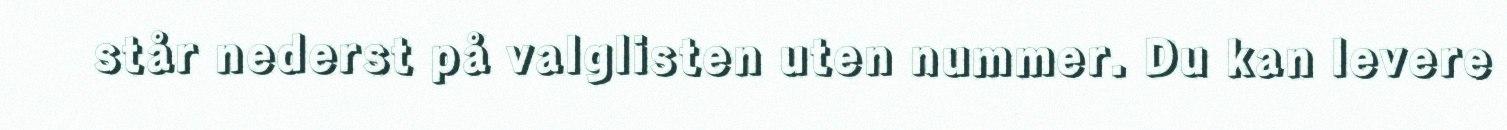
står nederst på valglisten uten nummer. Du kan levere